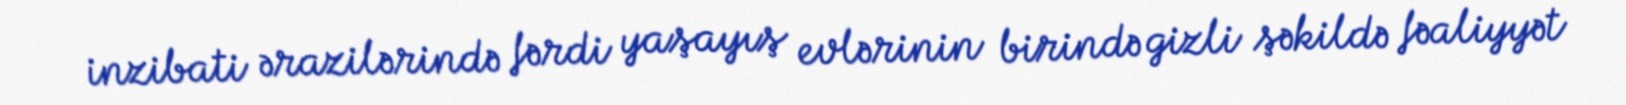
inzibati ərazilərində fərdi yaşayış evlərinin birində gizli şəkildə fəaliyyət